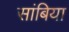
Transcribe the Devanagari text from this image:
सांबिया